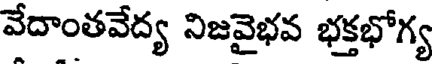
వేదాంతవేద్య నిజవైభవ భక్తభోగ్య